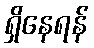
ရှိနေရန်